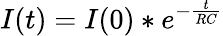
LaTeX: I(t)=I(0)*e^{-\frac{t}{RC}}